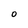
Character: o